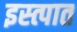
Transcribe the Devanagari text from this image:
इस्त्पात